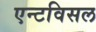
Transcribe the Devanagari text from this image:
एन्टविसल